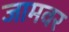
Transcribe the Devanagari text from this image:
जामवर